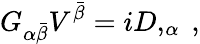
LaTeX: G_{\alpha\bar{\beta}}V^{\bar{\beta}}=iD,_{\alpha}\ ,